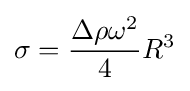
\sigma ={\frac {\Delta \rho \omega ^{2}}{4}}R^{3}